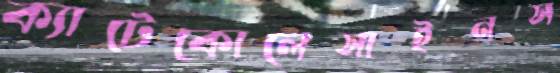
ক্যাটেকোলেসাইনস